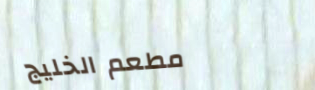
مطعم الخليج